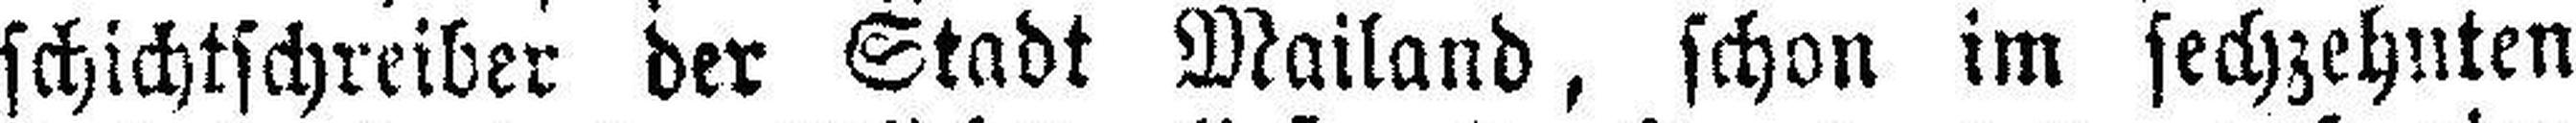
schichtschreiber der Stadt Mailand, schon im sechzehnten